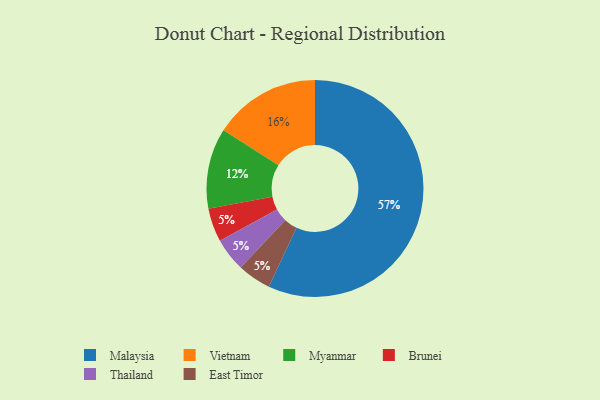
{"axis": {"x": "Category", "y": "Percentage"}, "legend": ["Brunei", "East Timor", "Malaysia", "Myanmar", "Thailand", "Vietnam"], "data": [{"x": "Brunei", "y": 5, "type": "Brunei"}, {"x": "Thailand", "y": 5, "type": "Thailand"}, {"x": "Malaysia", "y": 57, "type": "Malaysia"}, {"x": "Vietnam", "y": 16, "type": "Vietnam"}, {"x": "East Timor", "y": 5, "type": "East Timor"}, {"x": "Myanmar", "y": 12, "type": "Myanmar"}]}